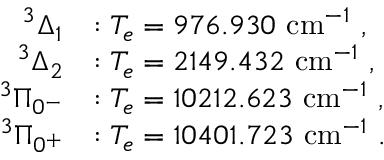
\begin{array} { r l } { ^ 3 \Delta _ { 1 } } & { : T _ { e } = 9 7 6 . 9 3 0 ~ \mathrm { c m } ^ { - 1 } \ , } \\ { ^ 3 \Delta _ { 2 } } & { : T _ { e } = 2 1 4 9 . 4 3 2 ~ \mathrm { c m } ^ { - 1 } \ , } \\ { ^ 3 \Pi _ { 0 ^ { - } } } & { : T _ { e } = 1 0 2 1 2 . 6 2 3 ~ \mathrm { c m } ^ { - 1 } \ , } \\ { ^ 3 \Pi _ { 0 ^ { + } } } & { : T _ { e } = 1 0 4 0 1 . 7 2 3 ~ \mathrm { c m } ^ { - 1 } \ . } \end{array}